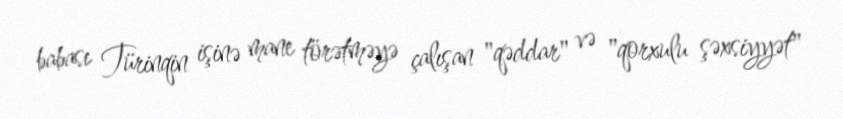
babası Türinqin işinə mane törətməyə çalışan "qəddar" və "qorxulu şəxsiyyət"